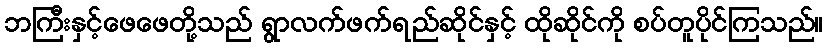
ဘကြီးနှင့်ဖေဖေတို့သည် ရွာလက်ဖက်ရည်ဆိုင်နှင့် ထိုဆိုင်ကို စပ်တူပိုင်ကြသည်။